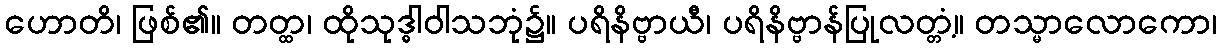
ဟောတိ၊ ဖြစ်၏။ တတ္ထ၊ ထိုသုဒ္ဓါဝါသဘုံ၌။ ပရိနိဗ္ဗာယီ၊ ပရိနိဗ္ဗာန်ပြုလတ္တံ့။ တသ္မာလောကော၊